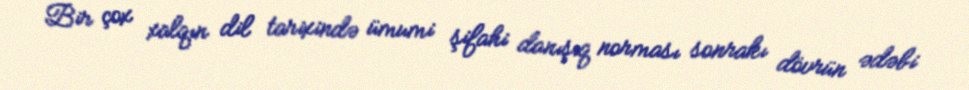
Bir çox xalqın dil tarixində ümumi şifahi danışıq norması sonrakı dövrün ədəbi